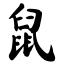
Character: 鼠